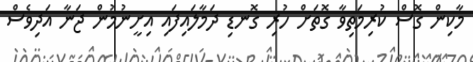
މާކިން ގޮސް ކުރިމަތިވާ ގޮތަށް ހުރި ގޮނޑި ދަމާލައިފައި އިށީނުމުން ޖަނާ އަދިވެސް